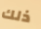
ذلك